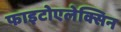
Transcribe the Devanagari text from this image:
फाइटोएलेक्सिन